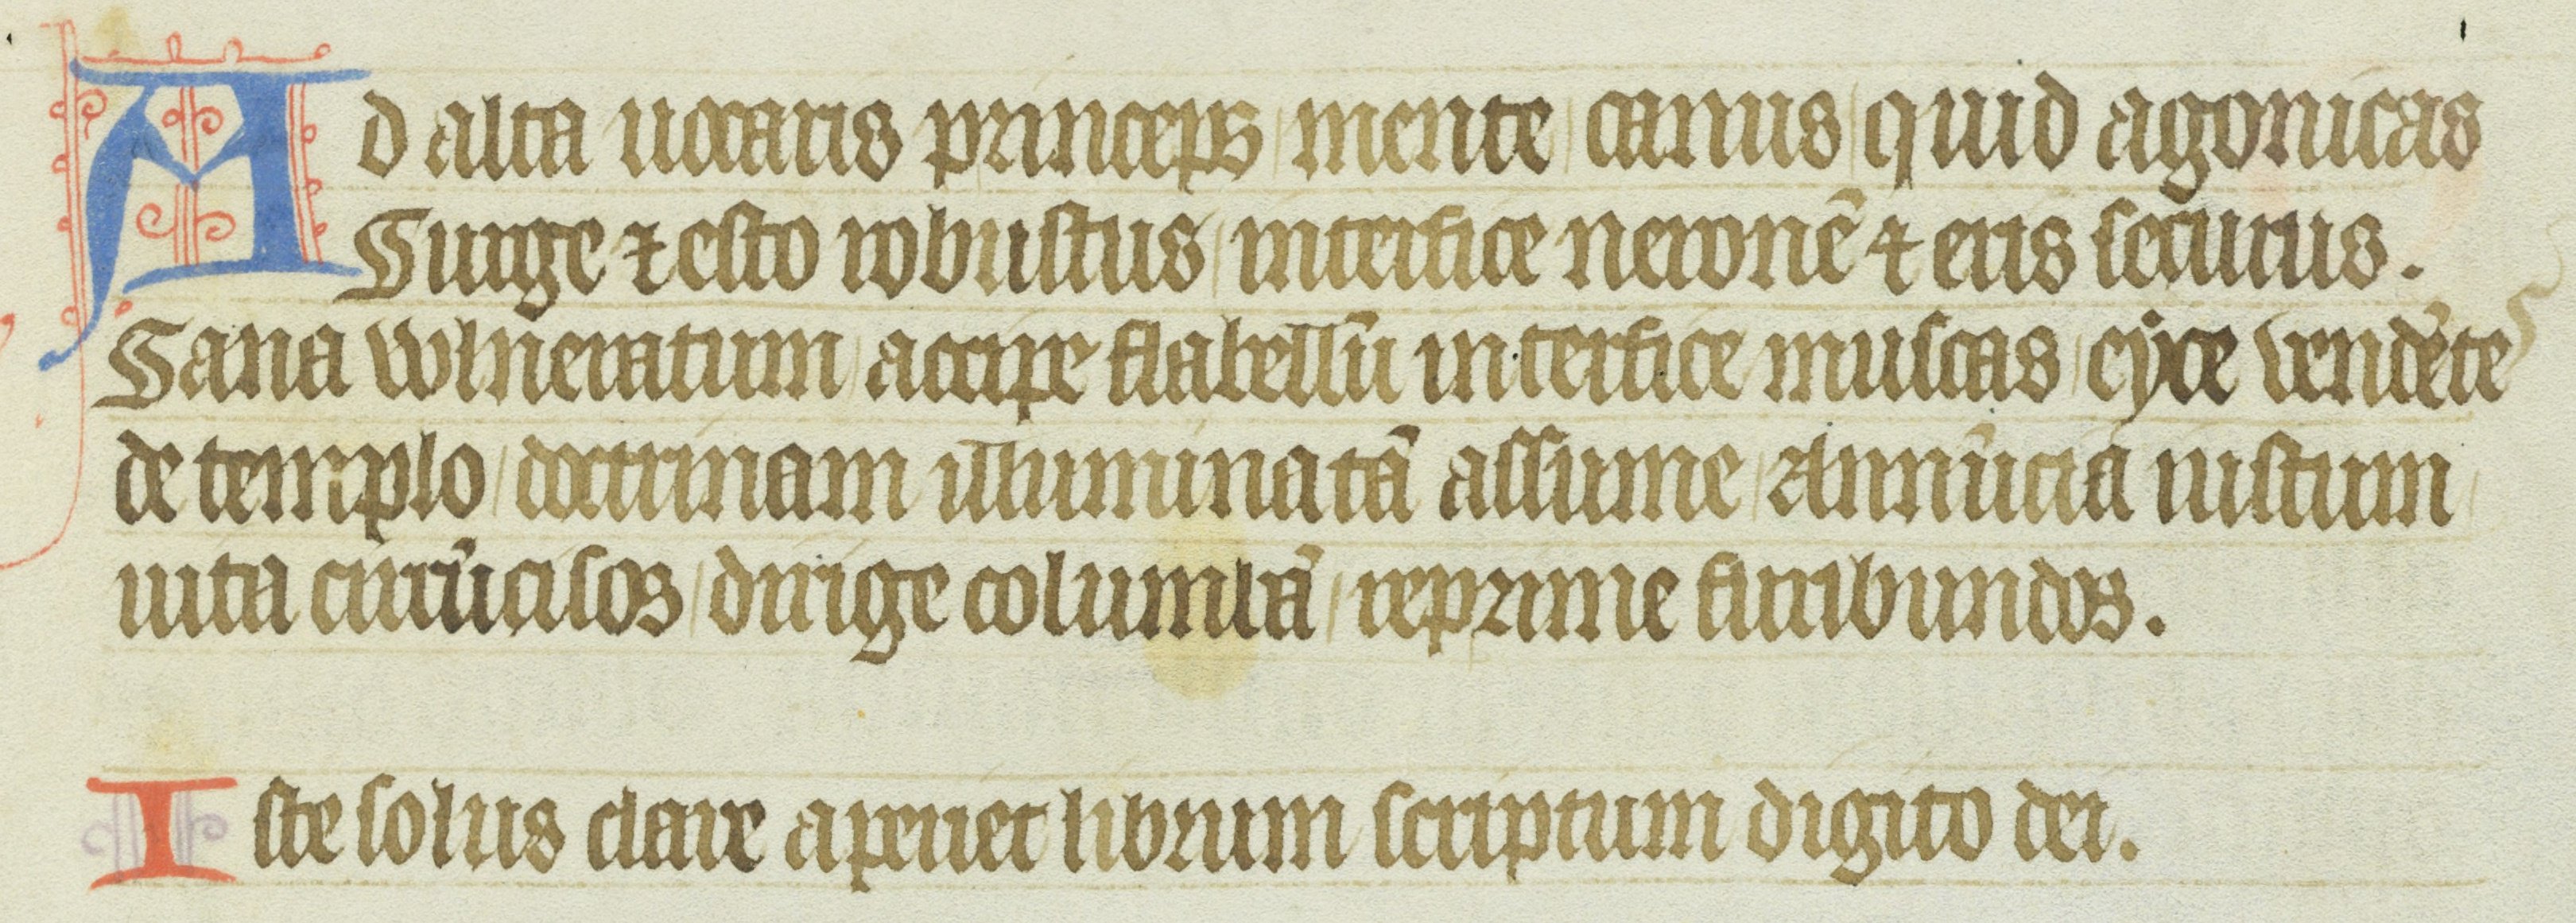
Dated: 1355–1375